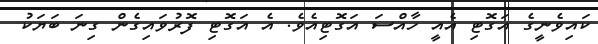
ކައިވެނީގެ އަގޮޓި އެއީ ހާއްސަ އަގޮޓިއެވެ. އެ އަގޮޓި ފޮރުވައިގެން ގިނަ ބަޔަކު